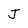
Character: J